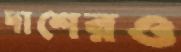
দাশেরও